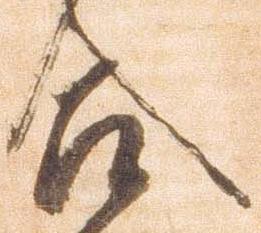
合